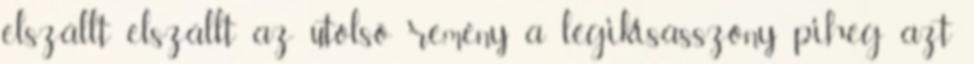
elszállt elszállt az utolsó remény a légikisasszony piheg azt